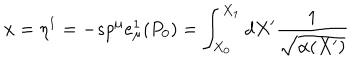
LaTeX: x = \eta ^ { 1 } = - s p ^ { \mu } e _ { \mu } ^ { 1 } ( P _ { 0 } ) = \int _ { X _ { 0 } } ^ { X _ { 1 } } d X ^ { \prime } \frac { 1 } { \sqrt { \alpha ( X ^ { \prime } ) } }